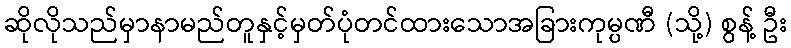
ဆိုလိုသည်မှာနာမည်တူနှင့်မှတ်ပုံတင်ထားသောအခြားကုမ္ပဏီ (သို့) စွန့် ဦး